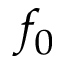
f _ { 0 }